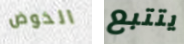
الخوض يتتبع